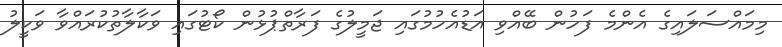
މިމައްސަލައިގެ އެންމެ ފަހުން ބޭއްވި އަޑުއެހުމުގައި ޖަމީލުގެ ފަރާތްޕުޅުން ކޯޓުގައި ވަކާލާތުކުރައްވާ ވަކީލު